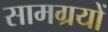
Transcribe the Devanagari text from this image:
सामग्रयों